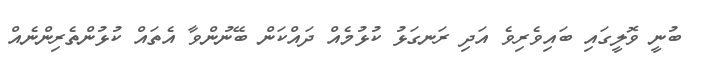
ބުނީ ވޮލީގައި ބައިވެރިވެ އަދި ރަނގަޅު ކުޅުމެއް ދައްކަން ބޭނުންވާ އެތައް ކުޅުންތެރިންނެއް